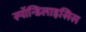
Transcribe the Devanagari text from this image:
स्पाॅन्डिलाइसिस